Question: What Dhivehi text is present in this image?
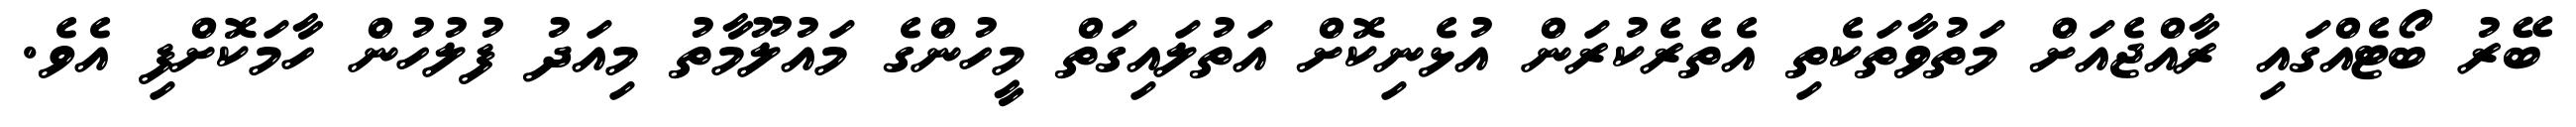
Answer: ބޭރު ބޯޓެއްގައި ރާއްޖެއަށް މަތުވާތަކެތި އެތެރެކުރަން އުޅެނިކޮށް އަތުލައިގަތް މީހުންގެ މައުލޫމާތު މިއަދު ފުލުހުން ހާމަކޮށްފި އެވެ.